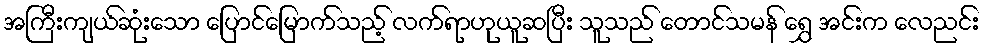
အကြီးကျယ်ဆုံးသော ပြောင်မြောက်သည့် လက်ရာဟုယူဆပြီး သူသည် တောင်သမန် ရွှေ အင်းက လေညင်း